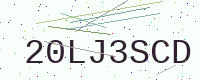
Text: 20LJ3SCD